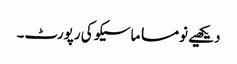
دیکھیے نومسا ماسیکو کی رپورٹ۔